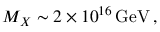
M _ { X } \sim 2 \times 1 0 ^ { 1 6 } \, \mathrm { G e V } \, ,